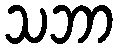
သဘာ